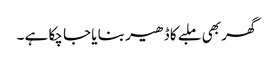
گھر بھی ملبے کا ڈھیر بنا یا جا چکا ہے ۔